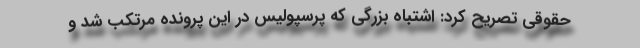
حقوقی تصریح کرد: اشتباه بزرگی که پرسپولیس در این پرونده مرتکب شد و